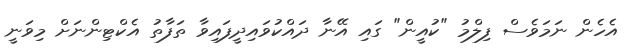
އެހެން ނަމަވެސް ފިލްމު "ކުއީން" ގައި އޭނާ ދައްކުވައިދީފައިވާ ތަފާތު އެކްޓިންނަށް މިވަނީ